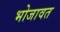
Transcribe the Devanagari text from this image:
भोजावत